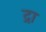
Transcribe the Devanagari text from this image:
द्रा